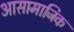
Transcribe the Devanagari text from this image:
आसामाजिक